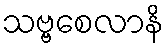
သဗ္ဗစေလာနိ